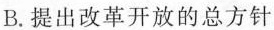
B.提出改革开放的总方针